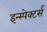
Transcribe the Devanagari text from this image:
इन्स्पेक्टर्स्